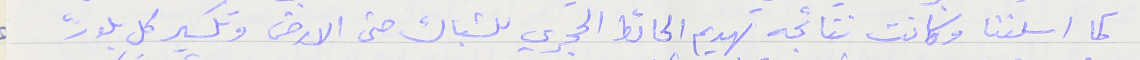
كما اسلفنا وكانت نتائجه تهديم الحائط الحجري للشباك حتى الارض وتكسير كل بلوك